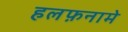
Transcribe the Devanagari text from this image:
हलफ़नामे